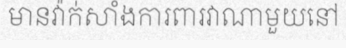
មានវ៉ាក់សាំងការពារវាណាមួយនៅ